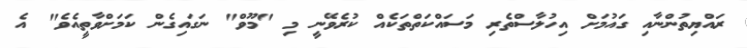
ރައްޔިތުންނާއި ގައުމަށް އިހުލާސްތެރި މަސައްކަތްތަކެއް ކުރެވޭނީ މި "މޫވް" ނަގައިގެން ކަމަށްވާތީއެވެ" އެ